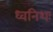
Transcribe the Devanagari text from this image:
ध्वनिशः